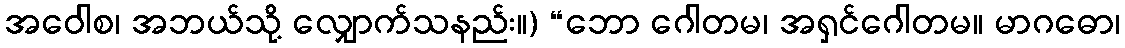
အဝေါစ၊ အဘယ်သို့ လျှောက်သနည်း။) “ဘော ဂေါတမ၊ အရှင်ဂေါတမ။ မာဂဓော၊